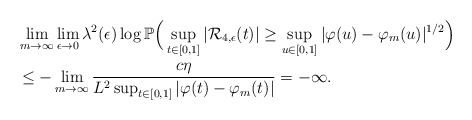
\begin{align*}&\lim_{m\to\infty}\lim_{\epsilon\to0}\lambda^2(\epsilon)\log\mathbb P\Big(\sup_{t\in[0,1]}|\mathcal{R}_{4,\epsilon}(t)|\geq\sup_{u\in[0,1]}|\varphi(u)-\varphi_m(u)|^{1/2}\Big)\\&\leq-\lim_{m\to\infty}\frac{c\eta}{L^{2}\sup_{t\in[0,1]}|\varphi(t)-\varphi_m(t)|}=-\infty.\end{align*}